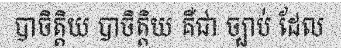
បាចិត្តិយ បាចិត្តិយ គឺជា ច្បាប់ ដែល